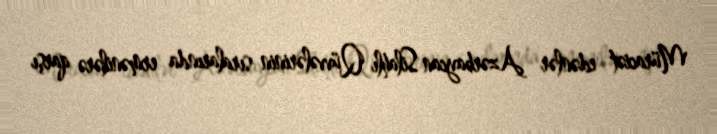
Müraciət edənlər Azərbaycan Silahlı Qüvvələrinin sıralarında ermənilərə qarşı